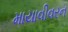
માયાવીવરન